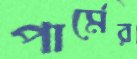
পার্মের